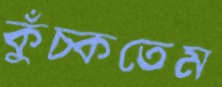
কুঁচ্‌কতেম